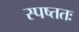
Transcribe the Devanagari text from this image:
स्पष्ततः